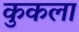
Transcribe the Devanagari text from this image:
कुकला